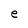
Character: e